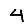
Digit: 4